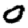
Digit: 0